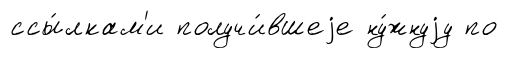
ссы́лкам'и получи́вшеjе ну́жнуjу по